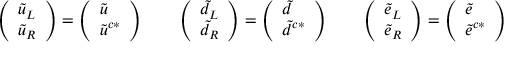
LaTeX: \left( \begin{array} { l } { { \tilde { u } _ { L } } } \\ { { \tilde { u } _ { R } } } \end{array} \right) = \left( \begin{array} { l } { { \tilde { u } \hfill } } \\ { { \tilde { u } ^ { c * } } } \end{array} \right) \quad \quad \left( \begin{array} { l } { { \tilde { d } _ { L } } } \\ { { \tilde { d } _ { R } } } \end{array} \right) = \left( \begin{array} { l } { { \tilde { d } \hfill } } \\ { { \tilde { d } ^ { c * } } } \end{array} \right) \quad \quad \left( \begin{array} { l } { { \tilde { e } _ { L } } } \\ { { \tilde { e } _ { R } } } \end{array} \right) = \left( \begin{array} { l } { { \tilde { e } \hfill } } \\ { { \tilde { e } ^ { c * } } } \end{array} \right)